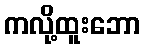
ကလို့ထူးဘော